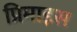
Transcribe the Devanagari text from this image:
प्रिमाइस